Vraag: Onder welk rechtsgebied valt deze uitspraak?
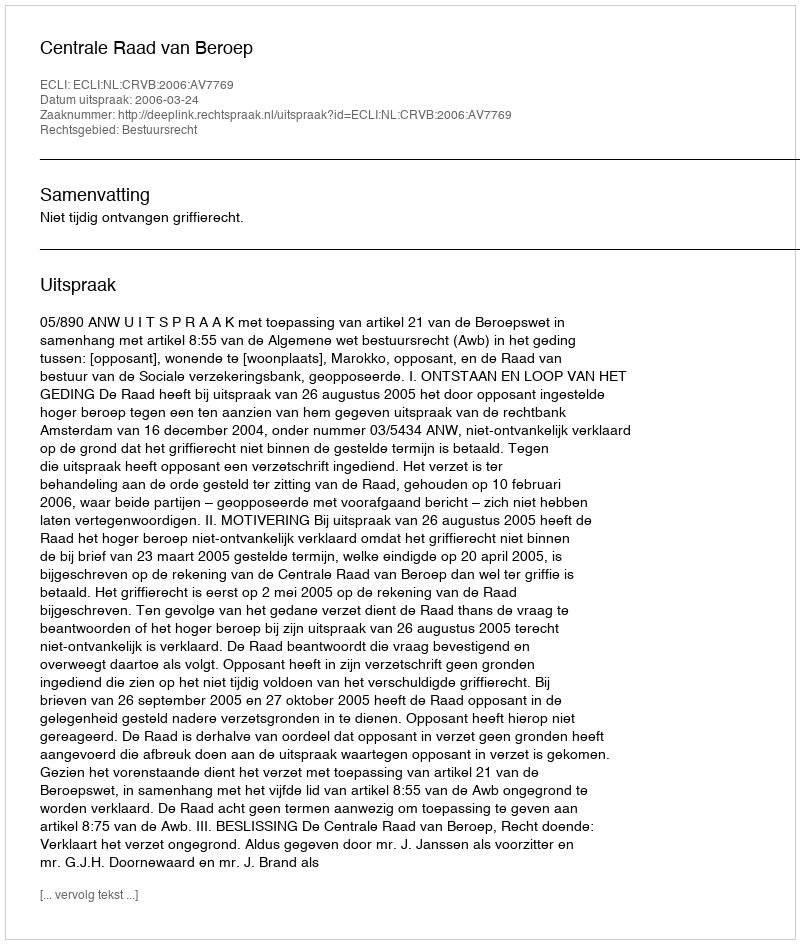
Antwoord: Bestuursrecht